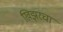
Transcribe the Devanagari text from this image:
खिझरचा